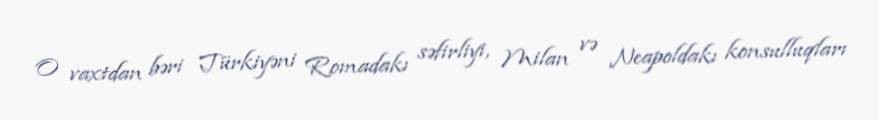
O vaxtdan bəri Türkiyəni Romadakı səfirliyi, Milan və Neapoldakı konsulluqları